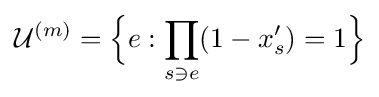
{\mathcal {U}}^{(m)}={\Big \{}e:\prod _{s\ni e}(1-x'_{s})=1{\Big \}}